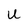
Character: U